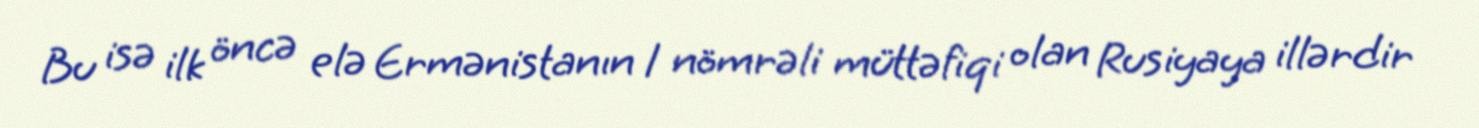
Bu isə ilk öncə elə Ermənistanın 1 nömrəli müttəfiqi olan Rusiyaya illərdir